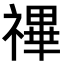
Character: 𥛘